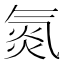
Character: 氮